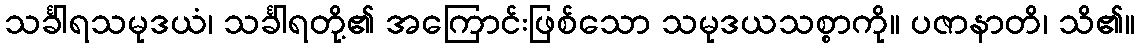
သင်္ခါရသမုဒယံ၊ သင်္ခါရတို့၏ အကြောင်းဖြစ်သော သမုဒယသစ္စာကို။ ပဇာနာတိ၊ သိ၏။